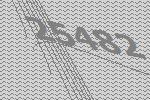
25482